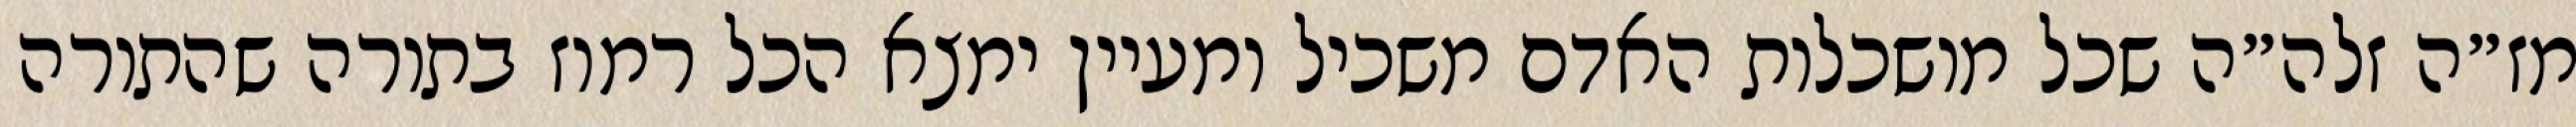
מז״ה זלה״ה שכל מושכלות האדם משכיל ומעיין ימצא הכל רמוז בתורה שהתורה